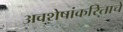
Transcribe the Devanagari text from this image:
अवशेषांकरिताचे